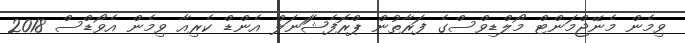
ވިމެން މެނޭޖްމަންޓް މޯލްޑިވްސްގެ ފަރާތުން ޕްރޮފެޝަަނަލް އެންޑް ކެރިއާ ވިމެން އެވޯޑްސް 2018